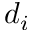
d _ { i }